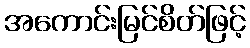
အကောင်းမြင်စိတ်ဖြင့်